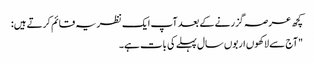
کچھ عرصہ گزرنے کے بعد آپ ایک نظریہ قائم کرتے ہیں:
"آج سے لاکھوں اربوں سال پہلے کی بات ہے۔